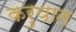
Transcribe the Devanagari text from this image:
करुयात